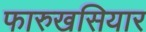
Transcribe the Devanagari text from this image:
फारुखसियार